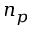
n _ { p }